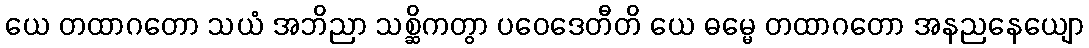
ယေ တထာဂတော သယံ အဘိညာ သစ္ဆိကတွာ ပဝေဒေတီတိ ယေ ဓမ္မေ တထာဂတော အနညနေယျော